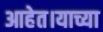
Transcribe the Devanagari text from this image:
आहेत।याच्या